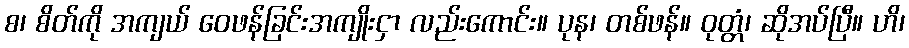
စ၊ စိတ်ကို အကျယ် ဝေဖန်ခြင်းအကျိုးငှာ လည်းကောင်း။ ပုန၊ တစ်ဖန်။ ဝုတ္တံ၊ ဆိုအပ်ပြီ။ ဟိ၊